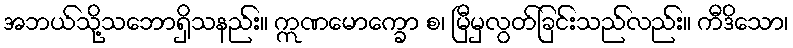
အဘယ်သို့သဘောရှိသနည်း။ ဣဏမောက္ခော စ၊ မြီမှလွတ်ခြင်းသည်လည်း။ ကီဒိသော၊